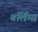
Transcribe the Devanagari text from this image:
बर्लिंग्स